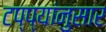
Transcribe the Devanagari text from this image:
टप्प्यांनुसार